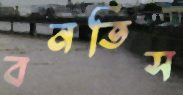
বনতিস